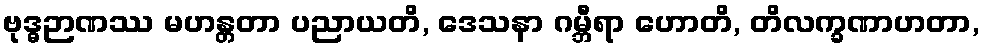
ဗုဒ္ဓဉာဏဿ မဟန္တတာ ပညာယတိ, ဒေသနာ ဂမ္ဘီရာ ဟောတိ, တိလက္ခဏာဟတာ,